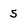
Character: 5